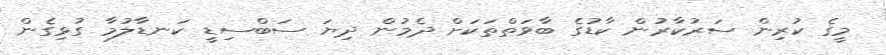
މީގެ ކުރިން ސަރުކާރުން ކާޑުގެ ބާވަތްތަކަށް ދެމުން ދިޔަ ސަބްސިޑީ ކަނޑާލުމާ ގުޅިގެން